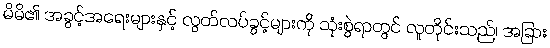
မိမိ၏ အခွင့်အရေးများနှင့် လွတ်လပ်ခွင့်များကို သုံးစွဲရာတွင် လူတိုင်းသည်၊ အခြား